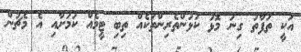
އަކީ ތަފާތު ގިނަ މޮޅު ކުޅުންތެރިންތަކެއް ތިބި ޓީމެއް ކަމަށާއި އެ މެޗުން